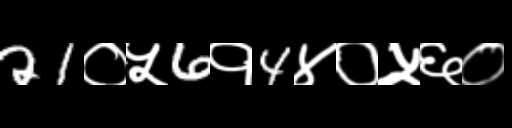
Text: 21०५6१4४०५६०